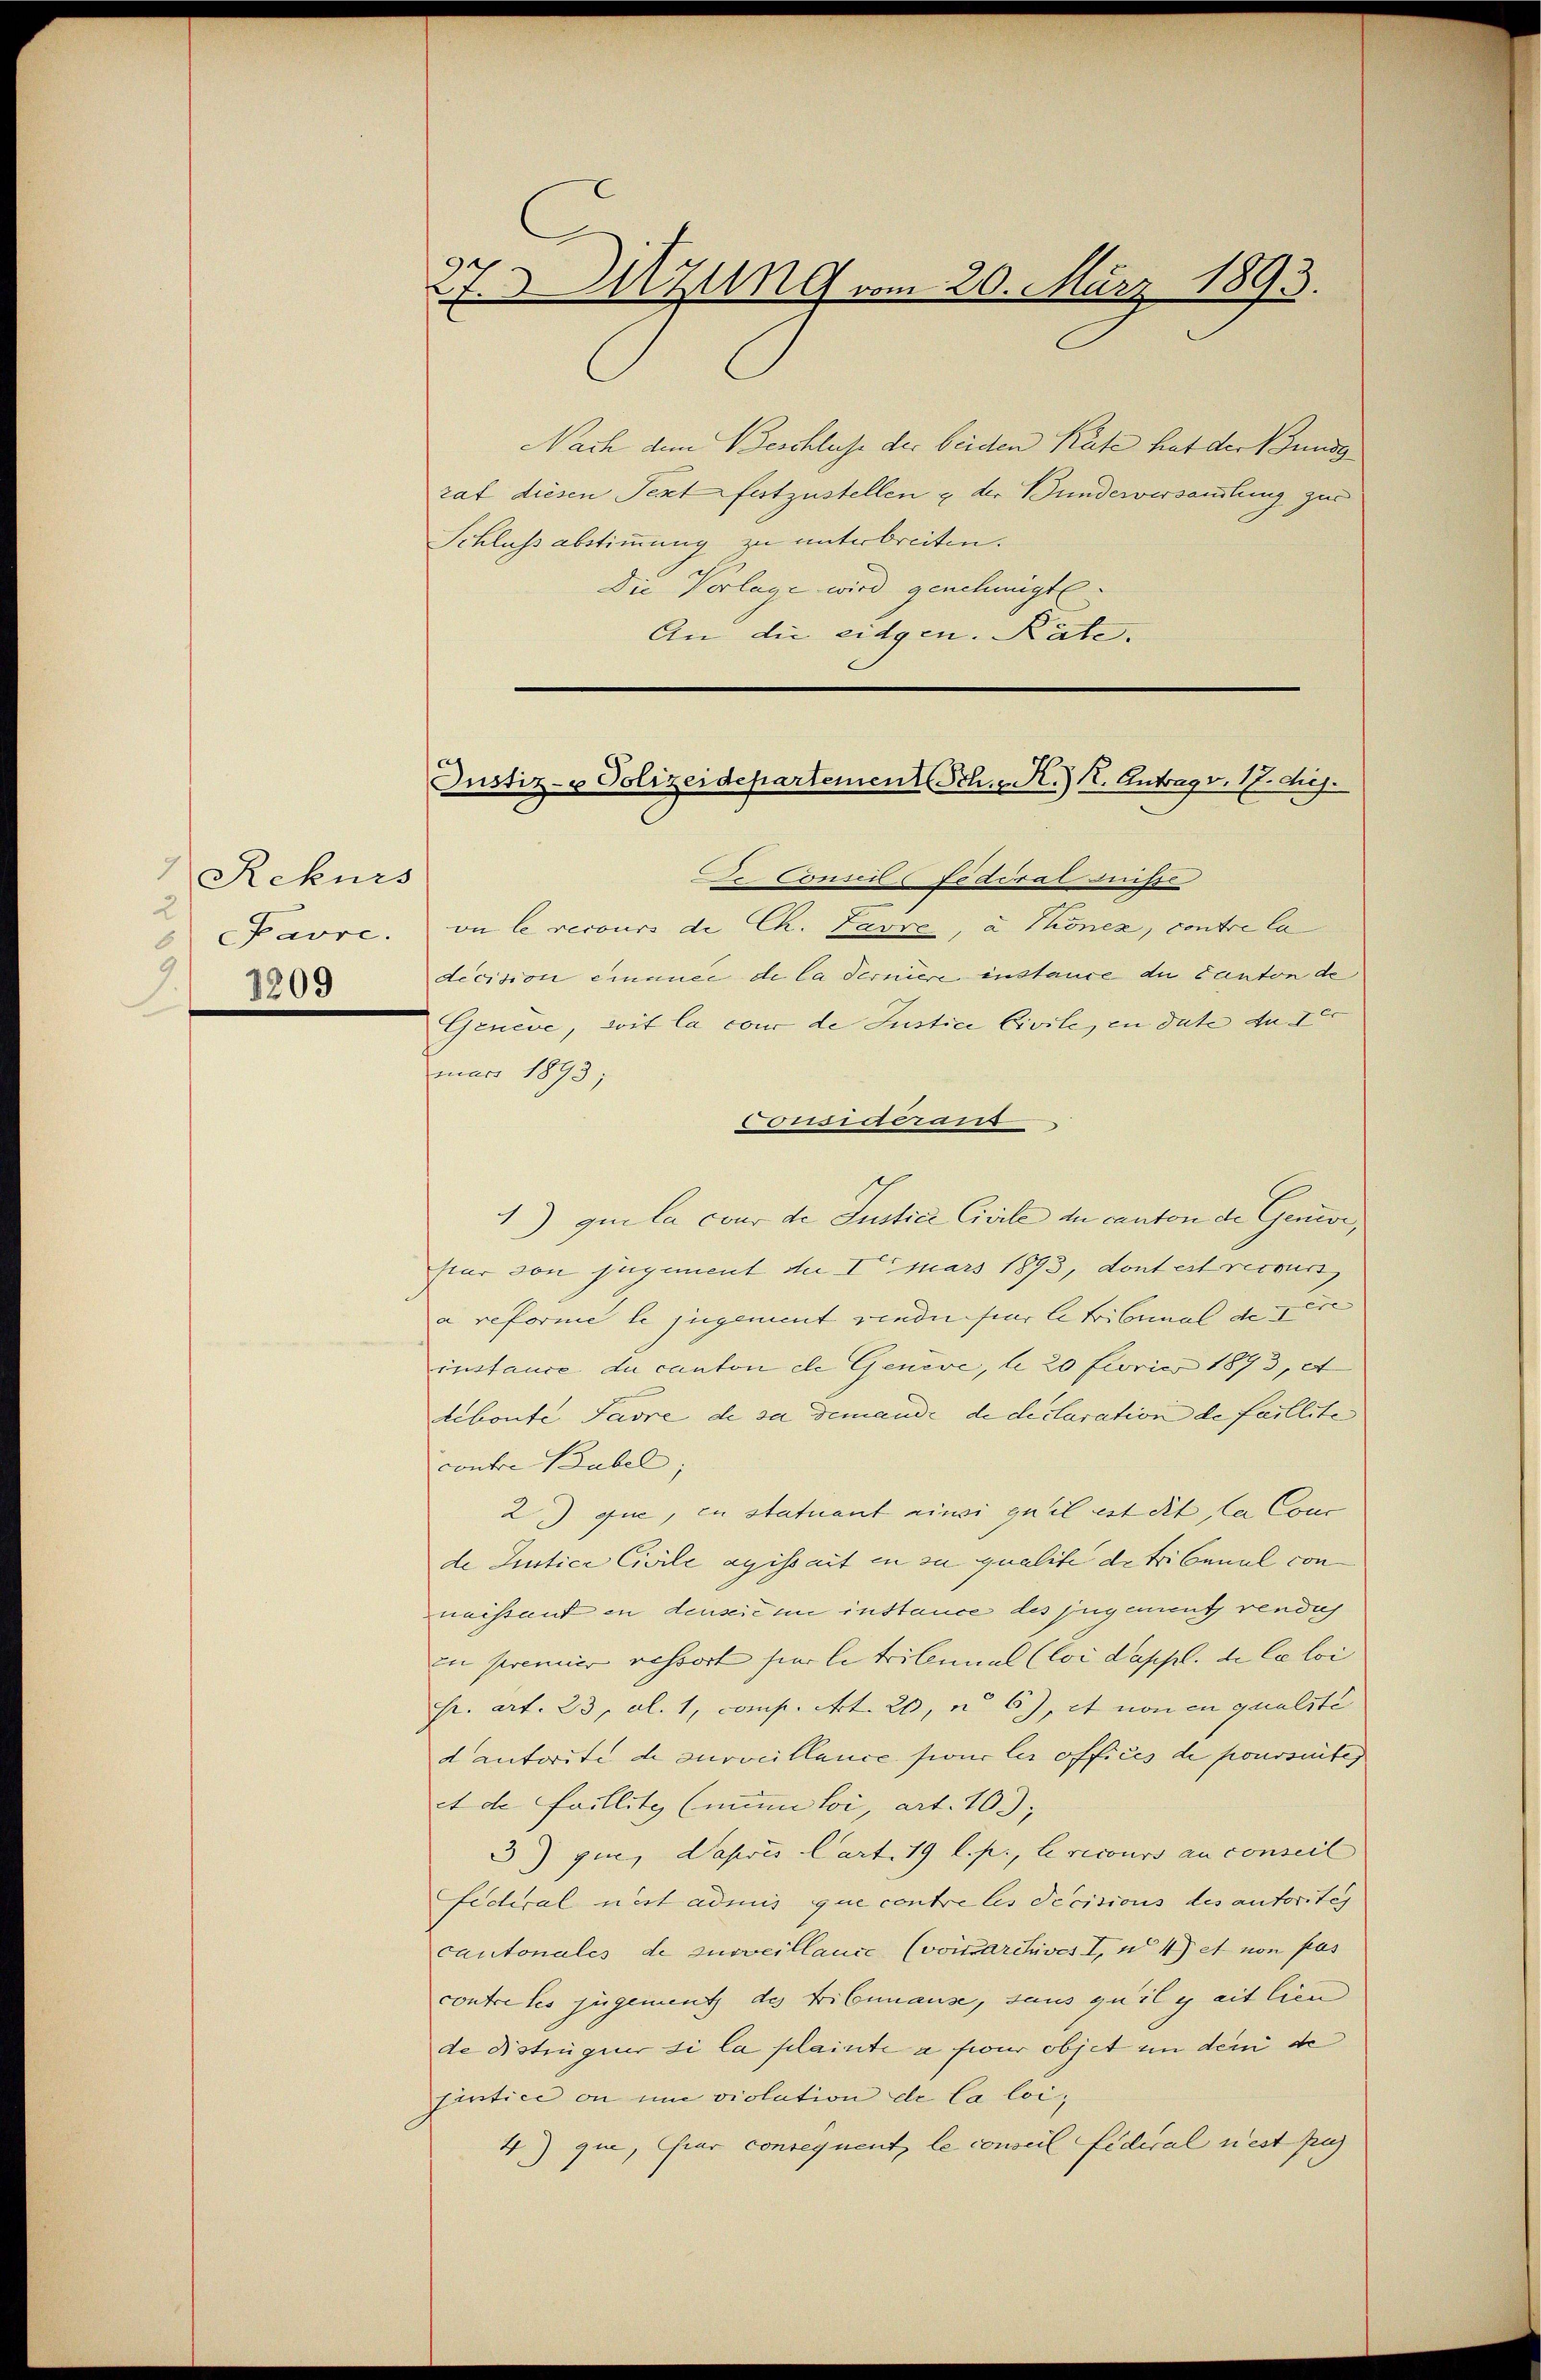
Rekurs
2
J 1209

27. Witzung vom 20. März 1893.

Nach dem Beschlusse der beiden Kate hat der Bunde
rat diesen Text festzustellen & der Bunderversammlung zur
Schluss abstimmung zu unterbreiten.
Die Vorlage wird genehmigt.
An die eidgen. Räte.

Justiz- & Polizeidepartement Sch. A.) 12. Antrag v. 17. huj.

De Considl (Fidirat nuisse
 Favre, on le recours de Ch. Lavre, à Thonez, contre la
decision einer de la ferniere instance du Canton de
Geneve, wie la cour de Justice Civile, in date an de
mar 1893;
ousradans
4) que la cour de Justice Civile du canton de Genior,
pur von jugement du I mars 1893, dont est recours
a reforme le jugement vendii für le tribunal des
instance du canton de Genève, le 20 Ferier 1893, e
deboute Favre de sa demande de declaration de faillite
contre Bubel,
2) que, in statuant einsi quel est dit, la Conc
de Justice Civile agissait in zu qualite de tribunal con
naissant in denseit in instance des jugement vendich
en premier ressort hier le tribunal (loi d’appl. de la loi
fr. Art. 23, Al. 1, comp. Art. 21, u. 6), et non en qualité
dautorité de surveillance sur les offices de poursuites
et de faillitz (mune loi, art. 103,
3) que, Papris Cart. 19 l. p., le recours au conseil
Fedral nit admis que centre les decisions des autorites
cantonales de surveillance (vonarchives I, wo et von pas
contretes jugement des Tribunause, sans qu’il y ait lien
de Distinger si la plainte a für objet in dem de
pintice on um violation de la loi,
4) que, hier consequent, le conseil fideral nest zus